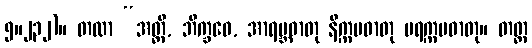
၅။၂၃၂)။ တထာ “အတ္ထိ, ဘိက္ခဝေ, အာရမ္ဘဓာတု နိက္ကမဓာတု ပရက္ကမဓာတု။ တတ္ထ